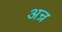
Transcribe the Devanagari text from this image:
अन्र